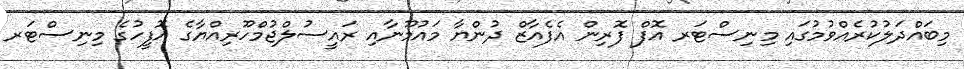
މިބައްދަލުކުރެއްވުމުގައި މިނިސްޓަރ އޮފް ފޮރިން އެފެއާޒް ދުންޔާ މައުމޫނާއި ރައީސުލްޖުމްހޫރިއްޔާގެ އޮފީހުގެ މިނިސްޓަރ